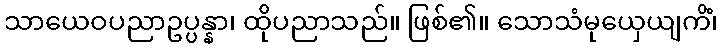
သာယေဝပညာဥပ္ပန္နာ၊ ထိုပညာသည်။ ဖြစ်၏။ သောသံမုယှေယျကိံ၊